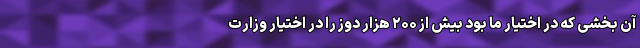
آن بخشی که در اختیار ما بود بیش از ۲۰۰ هزار دوز را در اختیار وزارت